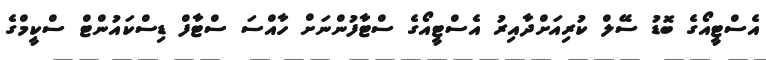
އެސްޓީއޯގެ ބޮޑު ސޭލް ކުރިއަށްދާއިރު އެސްޓީއޯގެ ސްޓާފުންނަށް ހާއްސަ ސްޓާފް ޑިސްކައުންޓް ސްކީމްގެ